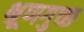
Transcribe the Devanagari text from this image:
भ्रूणगुच्छ